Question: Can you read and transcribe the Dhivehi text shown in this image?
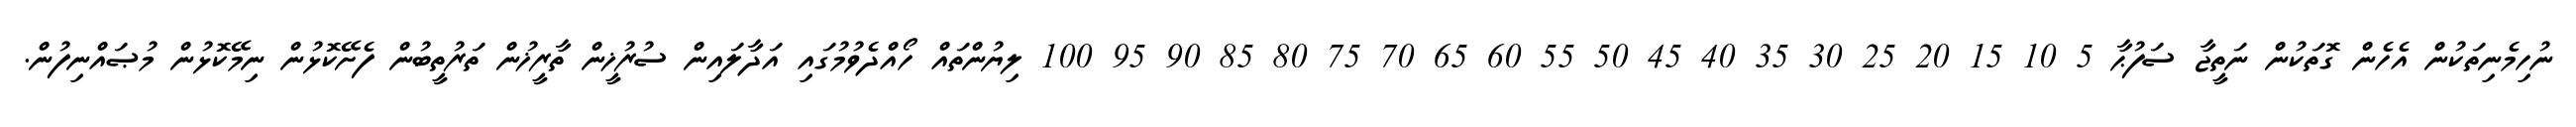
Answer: ނުހިމެނިތަކުން އެހެން ގޮތަކުން ނަތީޖާ ސަފުޙާ 5 10 15 20 25 30 35 40 45 50 55 60 65 70 75 80 85 90 95 100 ލިޔުންތައް ހޯއްދެވުމުގައި އަދާލައިން ސުރުޚީން ތާރީޚުން ތަރުތީބުން ފެށޭކޮޅުން ނިމޭކޮޅުން މުޞައްނިފުން.